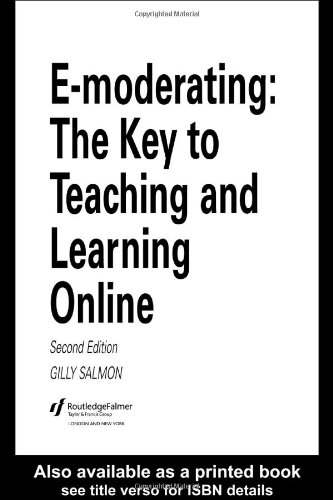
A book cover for E-Moderating; Gilly Salmon; Computers & Technology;